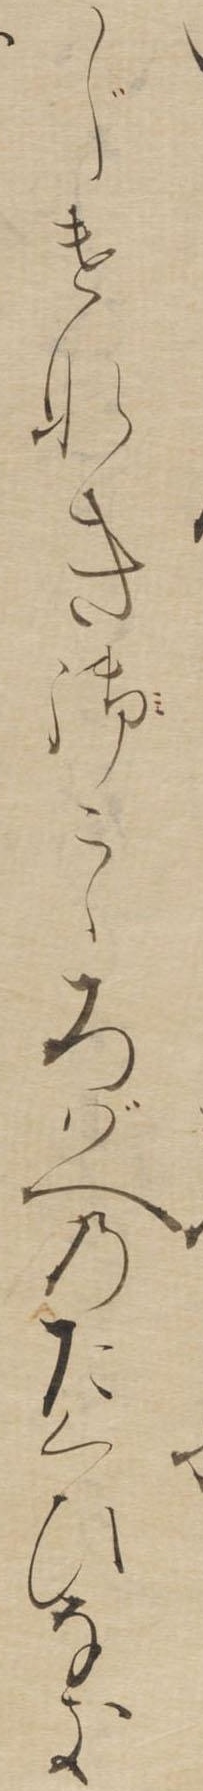
じけなき御こゝろばへのたくひなき